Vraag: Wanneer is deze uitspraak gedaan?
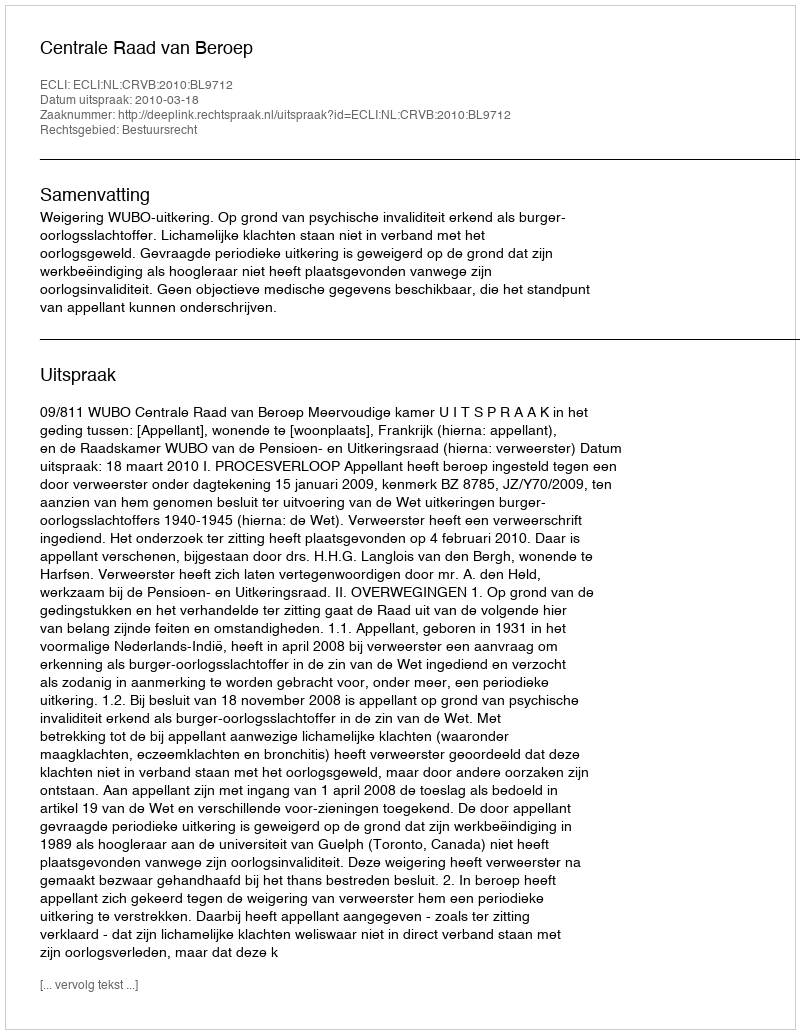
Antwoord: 2010-03-18